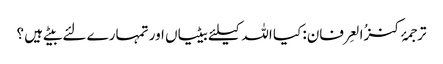
ترجمۂ کنزُالعِرفان: کیا اللہ کیلئے بیٹیاں اور تمہارے لئے بیٹے ہیں ؟